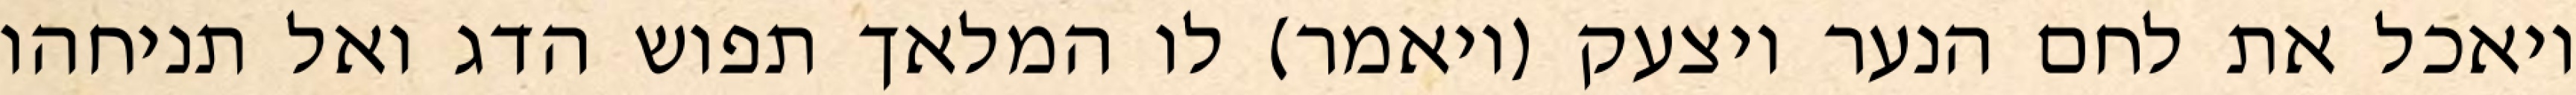
ויאכל את לחם הנער ויצעק (ויאמר) לו המלאך תפוש הדג ואל תניחהו